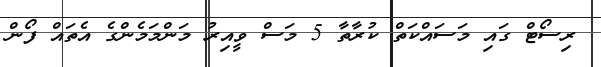
ރިސޯޓް ގައި މަސައްކަތް ކުރާތާ 5 މަސް ވީއިރު މަންމަމެންގެ އެތައް ފޯން